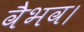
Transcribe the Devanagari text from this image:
वैभव।